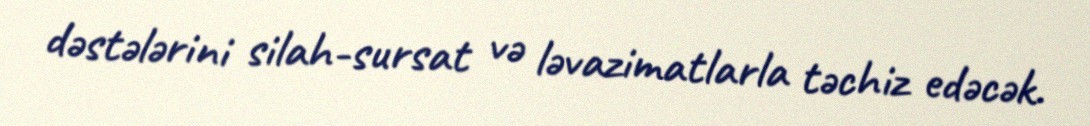
dəstələrini silah-sursat və ləvazimatlarla təchiz edəcək.